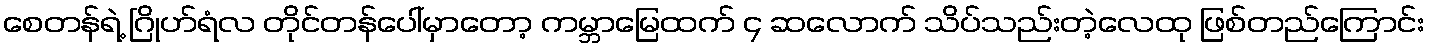
စေတန်ရဲ့ ဂြိုဟ်ရံလ တိုင်တန်ပေါ်မှာတော့ ကမ္ဘာမြေထက် ၄ ဆလောက် သိပ်သည်းတဲ့လေထု ဖြစ်တည်ကြောင်း